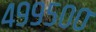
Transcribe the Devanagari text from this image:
४९९५००